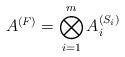
LaTeX: \begin{align*}A^{(F)} = \bigotimes_{i =1}^{m} A_i^{(S_i)}\end{align*}